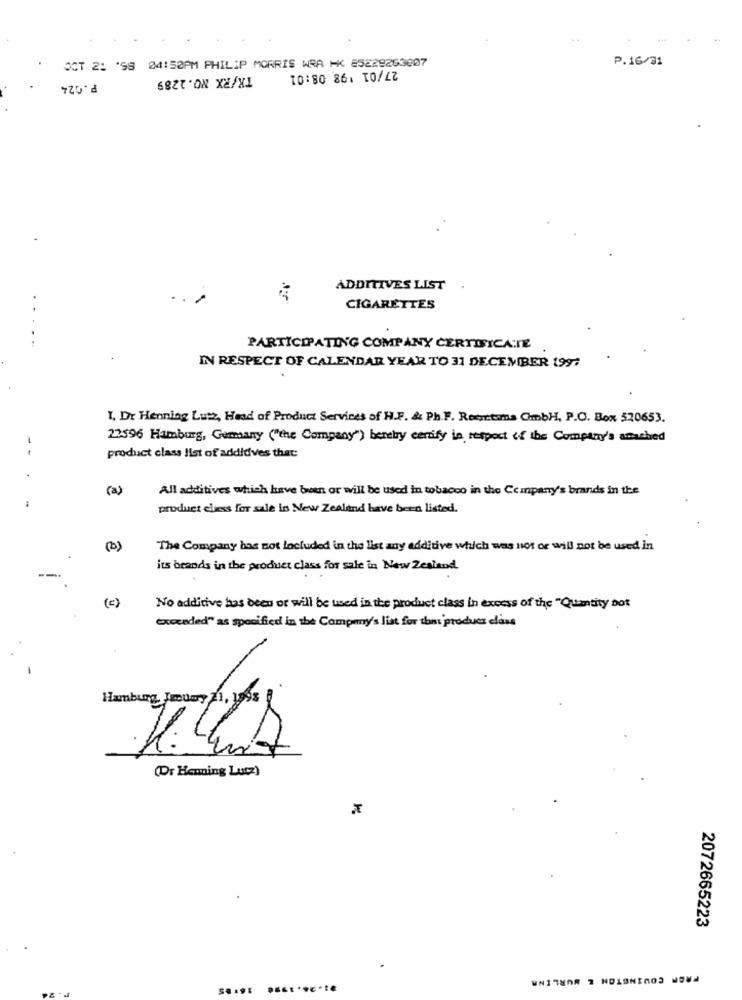
OCT 21 '98 04:50PM PHILIP MORRIS WRA HK 85229263807
P.16/31
TX/RX NO.1289
P.024
10:80 86. 10/2Z
ADDITIVES LIST
CIGARETTES
PARTICIPATING COMPANY CERTIFICATE
IN RESPECT OF CALENDAR YEAR TO 31 DECEMBER 1997
I, Dr Henning Lutz, Head of Product Services of H.F. & Ph.F. Recyctsma OmbH, P.O. Box 520653.
22596 Hamburg, Germany ("the Company") berebry certify in respect of the Company's attached
- -
product class list of addidves that:
(a)
All additives which have been or will be used in tobacco in the Company's brands in the
product class for sale is New Zealand have been listed.
(b)
The Company has not locluded in the list any additive which was not or will not be used in
--..
its brands in the product class for sale in New Zealand.
(= )
No additive has been or will be used in the product class in excess of the "Quantity bot
exoceded" as specified in the Company's list for that product class
Hamburg, Jsoumy
(Dr Hemning Lucz)
2072665223